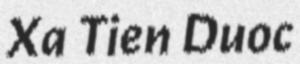
Xa Tien Duoc